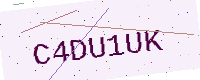
Text: C4DU1UK